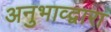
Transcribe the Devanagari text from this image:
अनुभाव्द्वारा